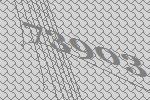
73903